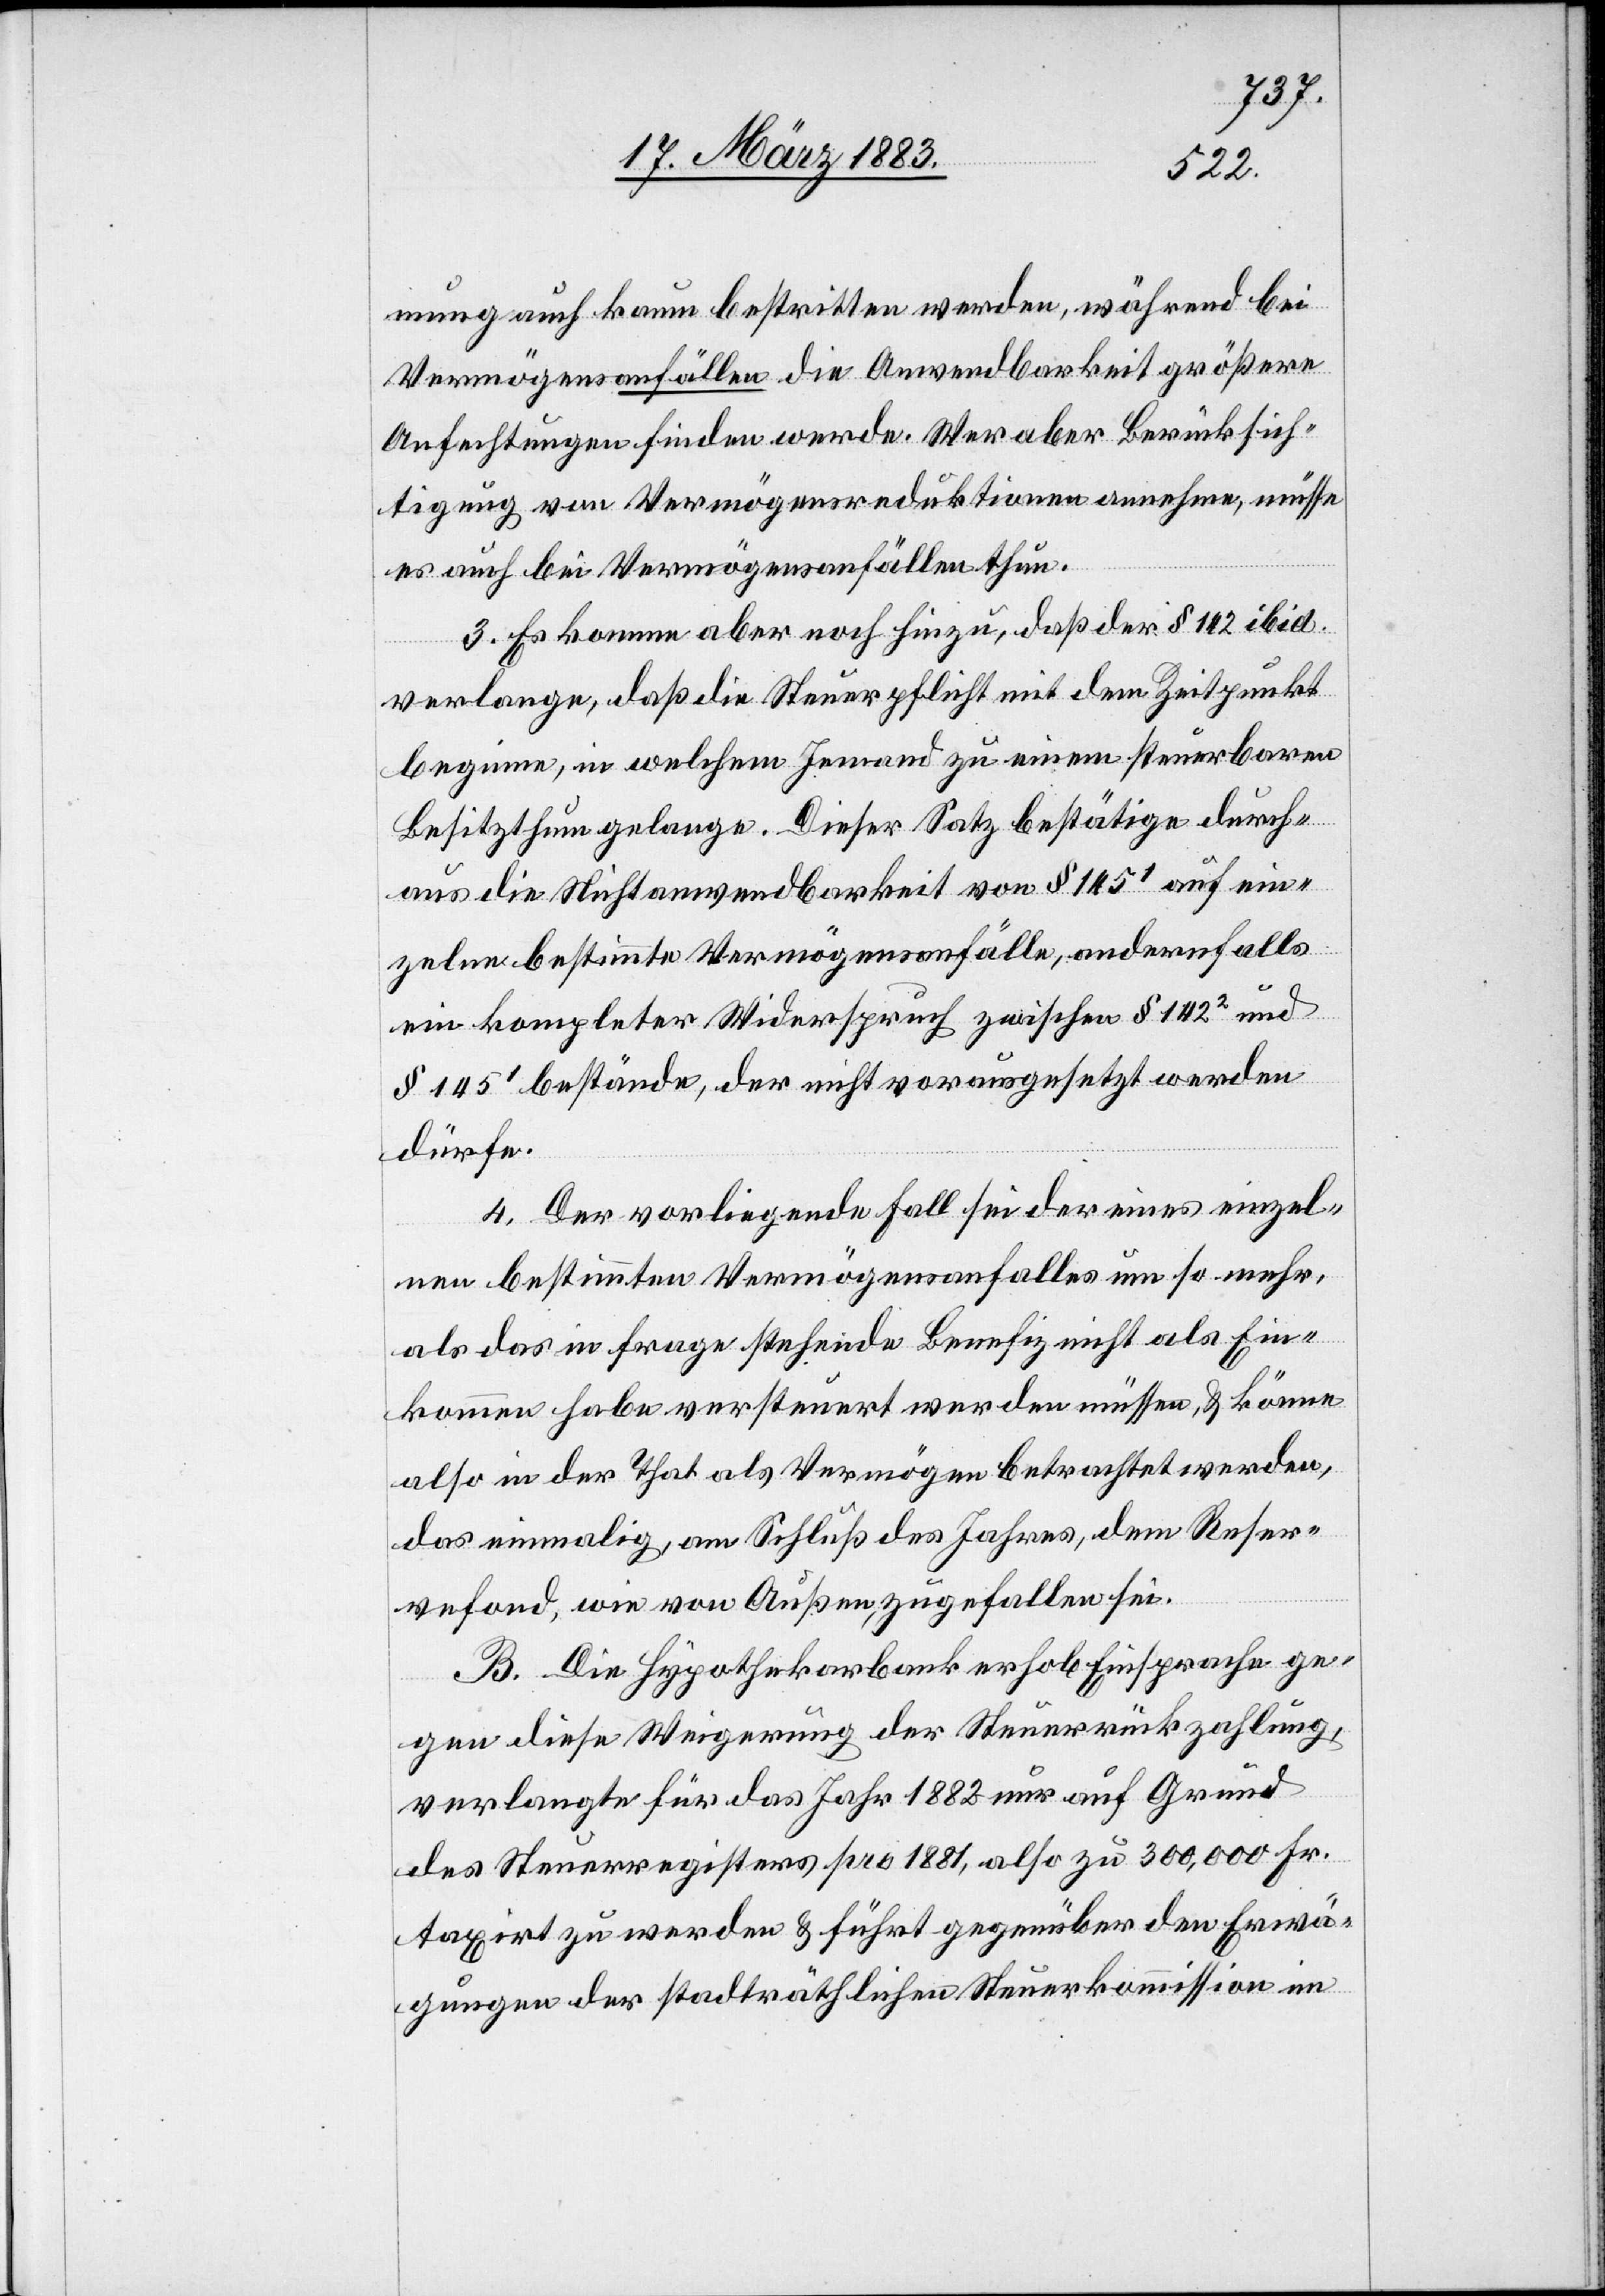
3.